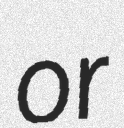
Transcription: or